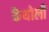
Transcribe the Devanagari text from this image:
कैथोली